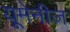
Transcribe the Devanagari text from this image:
यूमेनीज़